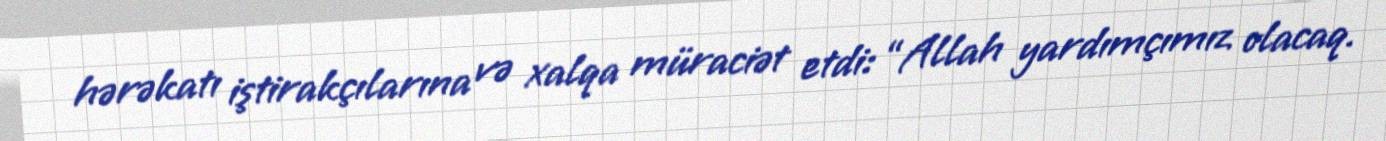
hərəkatı iştirakçılarına və xalqa müraciət etdi: “Allah yardımçımız olacaq.